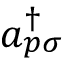
a _ { p \sigma } ^ { \dagger }